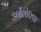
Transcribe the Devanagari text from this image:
अर्बेलोफ्फ़